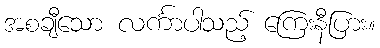
အစချီသော လင်္ကာပါသည့် ကြေးနီပြား။